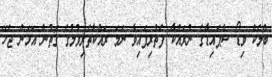
ބްލެކް ވިޑޯ ސްޕައިޑާގެ ނުރައްކާ ފެތުރިފައިވާ ނަމަ ރައްކާތެރިވުމުގެ ގޮތުން އަޅަން ޖެހޭ